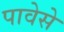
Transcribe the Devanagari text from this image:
पावेसे